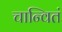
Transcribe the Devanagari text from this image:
चान्वितं